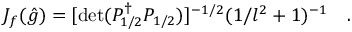
J _ { f } ( \hat { g } ) = [ \operatorname * { d e t } ( P _ { 1 / 2 } ^ { \dagger } P _ { 1 / 2 } ) ] ^ { - 1 / 2 } ( 1 / l ^ { 2 } + 1 ) ^ { - 1 } \quad .